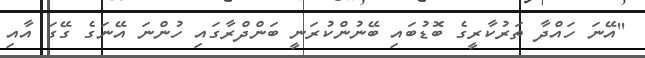
''އޭނަ ހައްދާ ތަރުކާރީގެ ބޮޑުބައި ބޭނުންކުރަނީ ބަންދްރާގައި ހުންނަ އޭނަގެ ގޭގަ އާއި